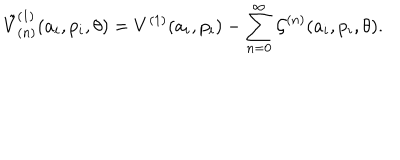
LaTeX: { \tilde { V } } _ { ( n ) } ^ { ( 1 ) } ( a _ { i } , p _ { i } , \theta ) = V ^ { ( 1 ) } ( a _ { i } , p _ { i } ) - \sum _ { n = 0 } ^ { \infty } { \cal G } ^ { ( n ) } ( a _ { i } , p _ { i } , \theta ) .